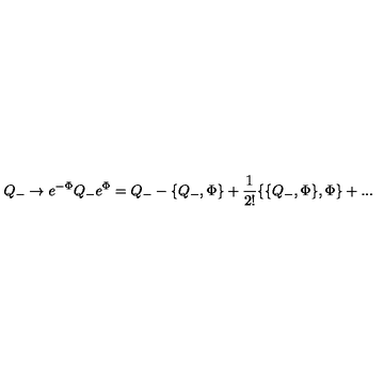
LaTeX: Q _ { - } \to e ^ { - \Phi } Q _ { - } e ^ { \Phi } = Q _ { - } - \{ Q _ { - } , \Phi \} + \frac { 1 } { 2 ! } \{ \{ Q _ { - } , \Phi \} , \Phi \} + . . .